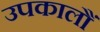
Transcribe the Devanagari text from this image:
उपकालौं